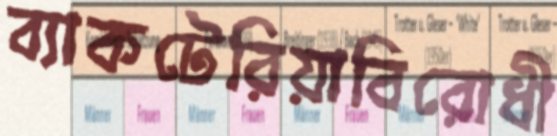
ব্যাকটেরিয়াবিরোধী